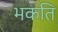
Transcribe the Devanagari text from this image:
भकति